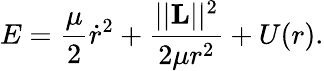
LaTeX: E=\frac{\mu}{2}\dot{r}^{2}+\frac{||\mathbf{L}||^{2}}{2\mu r^{2}}+U(r).